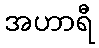
အဟာရီ